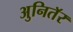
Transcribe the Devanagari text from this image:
अुनितॅर